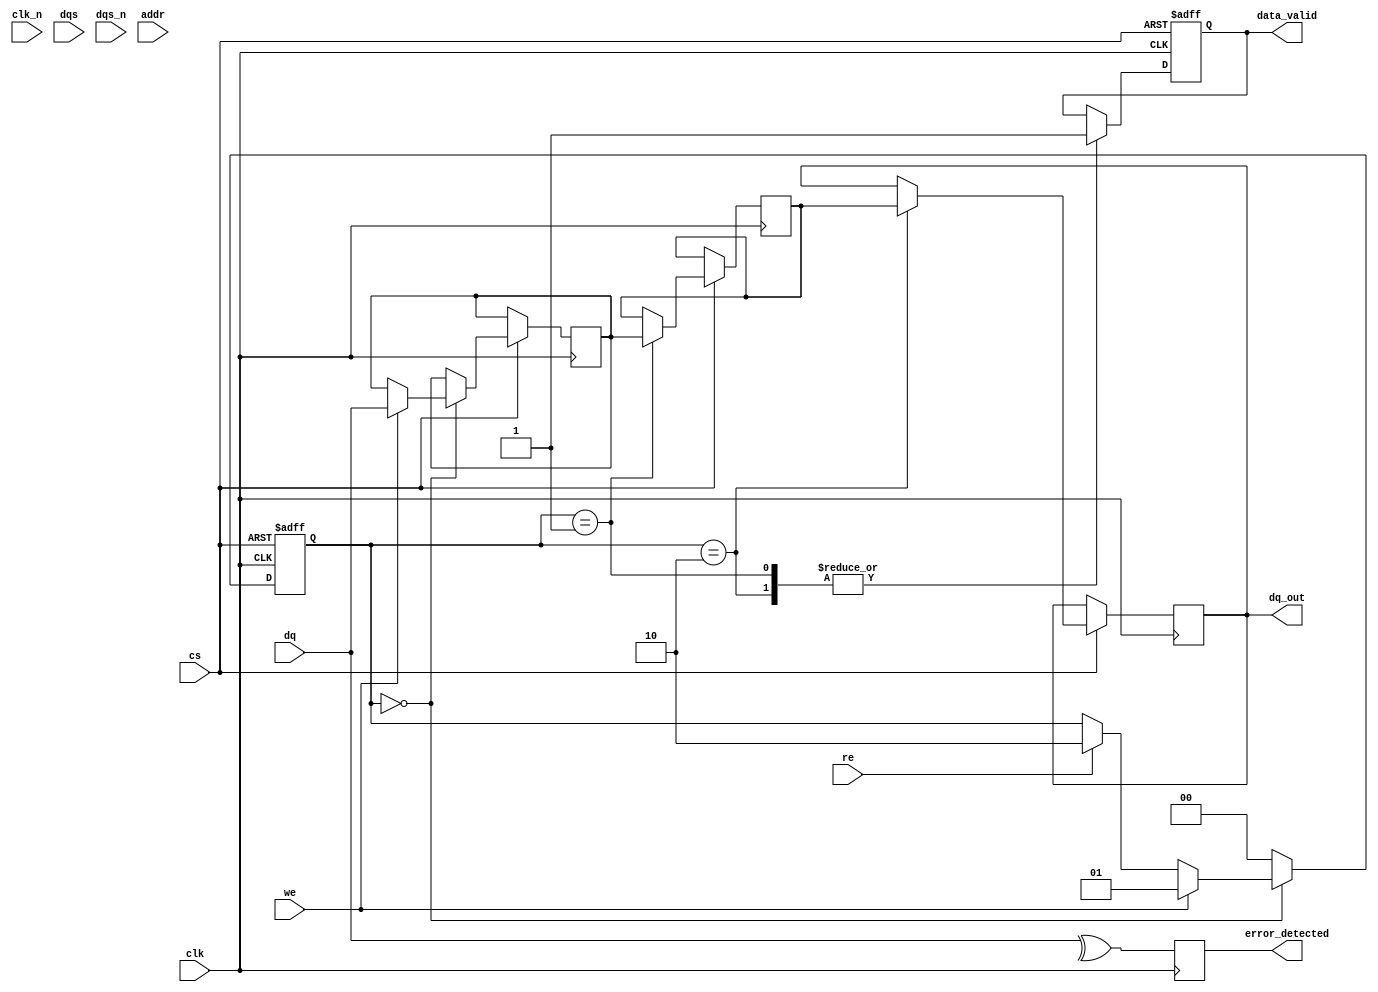
module gddr5x_io_block (
    input wire clk,            // System clock
    input wire clk_n,          // Inverted clock
    input wire [31:0] dq,      // Data bus
    input wire dqs,           // Data strobe
    input wire dqs_n,         // Inverted data strobe
    input wire cs,            // Chip select
    input wire we,            // Write enable
    input wire re,            // Read enable
    input wire [15:0] addr,    // Address bus
    output reg [31:0] dq_out,  // Data output
    output reg data_valid,     // Data valid signal
    output reg error_detected   // Error detection signal
);

// Internal signals
reg [31:0] data_buffer;         // Buffer for incoming data
reg [31:0] write_data;          // Buffer for data to write
reg clk_out, clk_out_n;         // Output clocks
reg [3:0] dqs_delay;            // Delay for data strobe
reg power_down;                 // Power down mode control

// Parameter for burst length
parameter BURST_LENGTH = 8;     // Example burst length

// State definitions for read/write operations
localparam IDLE = 2'b00, WRITE = 2'b01, READ = 2'b10;
reg [1:0] state;

// Power Management
always @(posedge clk or negedge cs) begin
    if (!cs) begin
        power_down <= 1'b1; // Enter power down if chip select is low
    end else begin
        power_down <= 1'b0; // Normal operation
    end
end

// Data transmission process
always @(posedge clk or negedge cs) begin
    if (!cs) begin
        state <= IDLE;
        data_valid <= 1'b0;
    end else begin
        case (state)
            IDLE: begin
                if (we) begin
                    state <= WRITE;
                    write_data <= dq;
                end else if (re) begin
                    state <= READ;
                end
            end
            
            WRITE: begin
                // Simulate a write operation
                data_buffer <= write_data;
                data_valid <= 1'b1; // Data is valid
                state <= IDLE; // Return to idle state
            end
            
            READ: begin
                // Simulate a read operation
                dq_out <= data_buffer;
                data_valid <= 1'b1; // Data is valid
                state <= IDLE; // Return to idle state
            end
            
            default: state <= IDLE;
        endcase
    end
end

// Data strobe control with delay
always @(posedge clk) begin
    // Example delay logic for DQS signal
    if (!power_down) begin
        dqs_delay <= dqs_delay + 1;
        if (dqs_delay == BURST_LENGTH) begin
            dqs <= 1'b1;
        end else begin
            dqs <= 1'b0;
        end
    end else begin
        dqs <= 1'b0; // Force DQS low in power down state
    end
end

// Error Detection (Placeholder)
// Implement ECC or other error detection logic as needed
always @(posedge clk) begin
    // Simple example of error detection (parity check)
    error_detected <= ^dq; // Example: XOR of data bits for parity
end

endmodule